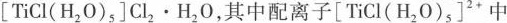
[TiCl(H_{2}0)_{5}]Cl_{2} · H_{2}0，其中配离子[TiCl(H_{2}0)_{5}]2^{2+}中